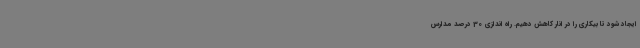
ایجاد شود تا بیکاری را در انار کاهش دهیم. راه اندازی 30 درصد مدارس